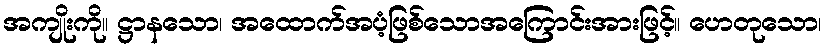
အကျိုးကို။ ဋ္ဌာနသော၊ အထောက်အပံ့ဖြစ်သောအကြောင်းအားဖြင့်။ ဟေတုသော၊